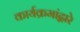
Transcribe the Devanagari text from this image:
कार्यक्रमांद्वारे